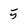
Character: 5